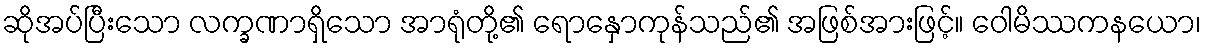
ဆိုအပ်ပြီးသော လက္ခဏာရှိသော အာရုံတို့၏ ရောနှောကုန်သည်၏ အဖြစ်အားဖြင့်။ ဝေါမိဿကနယော၊